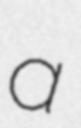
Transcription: a